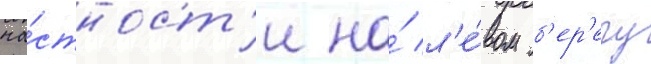
ча́стност'и на́ л'е́вом б'ер'егу